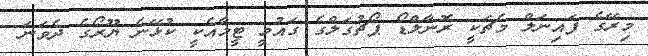
މިރޭގެ ފައިނަލް މެޗަކީ ރޮނާލްޑޯ ޕޯޗުގަލްގެ ގައުމީ ޓީމާއެކީ ކުޅޭނެ ޔޫރޯގެ ދެވަނަ